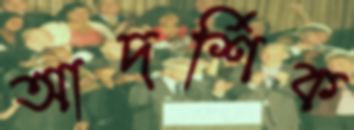
আদর্শিক